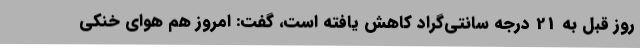
روز قبل به 21 درجه سانتی‌گراد کاهش یافته است، گفت: امروز هم هوای خنکی